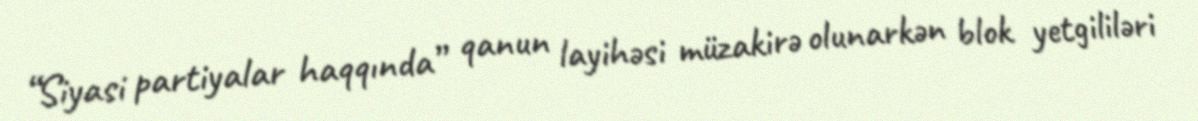
“Siyasi partiyalar haqqında” qanun layihəsi müzakirə olunarkən blok yetgililəri